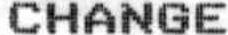
CHANGE